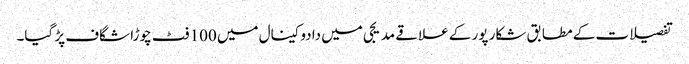
تفصیلات کے مطابق شکار پور کے علاقے مدیجی میں دادوکینال میں 100 فٹ چوڑا شگاف پڑ گیا۔